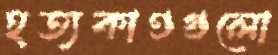
হত্যকাণ্ডগুলো